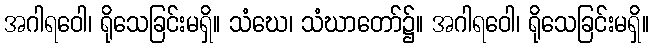
အဂါရဝေါ၊ ရိုသေခြင်းမရှိ။ သံဃေ၊ သံဃာတော်၌။ အဂါရဝေါ၊ ရိုသေခြင်းမရှိ။